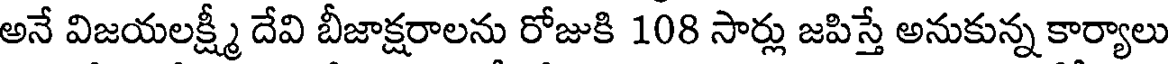
అనే విజయలక్ష్మీ దేవి బీజాక్షరాలను రోజుకి 108 సార్లు జపిస్తే అనుకున్న కార్యాలు